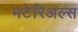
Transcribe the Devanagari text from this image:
मटेरिअल्स